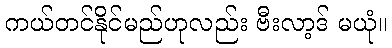
ကယ်တင်နိုင်မည်ဟုလည်း ဗီးလာ့ဒ် မယုံ။